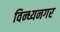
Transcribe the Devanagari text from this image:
विन्ध्यनगर